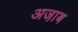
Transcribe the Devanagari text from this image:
अजा़ब